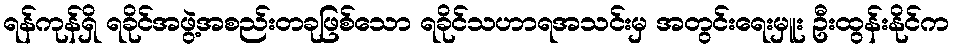
ရန်ကုန်ရှိ ရခိုင်အဖွဲ့အစည်းတခုဖြစ်သော ရခိုင်သဟာရအသင်းမှ အတွင်းရေးမှူး ဦးထွန်းနိုင်က